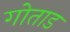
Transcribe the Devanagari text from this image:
गोताड